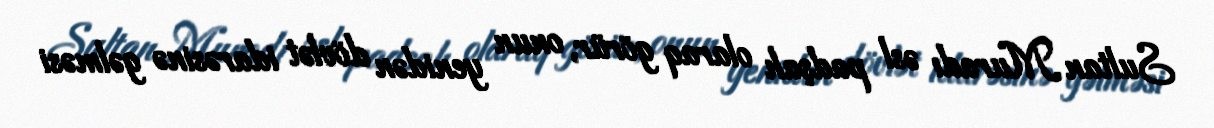
Sultan Muradı əsl padşah olaraq görür, onun yenidən dövlət idarəsinə gəlməsi